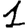
Digit: 1